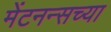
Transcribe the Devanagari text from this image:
मेंटनन्सच्या